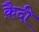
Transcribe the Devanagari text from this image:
कै़दी